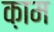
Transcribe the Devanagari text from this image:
क़ाम